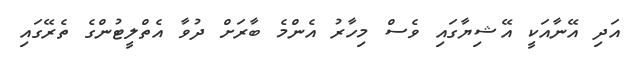
އަދި އޭނާއަކީ އޭޝިޔާގައި ވެސް މިހާރު އެންމެ ބާރަށް ދުވާ އެތްލީޓުންގެ ތެރޭގައި